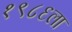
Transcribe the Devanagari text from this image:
१९८६ला